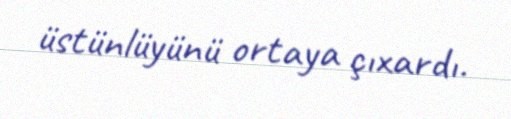
üstünlüyünü ortaya çıxardı.